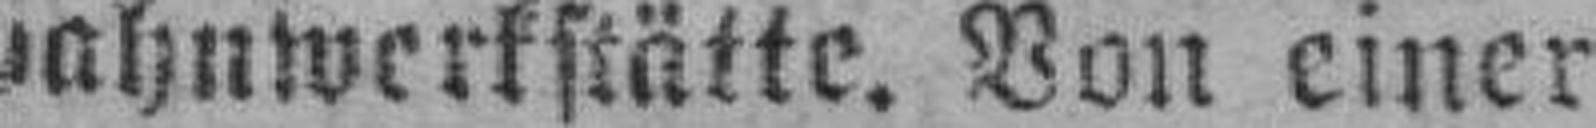
jahnwerkstätte. Von einer